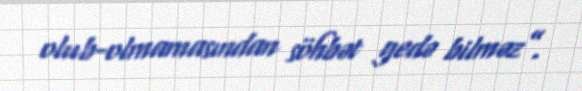
olub-olmamasından söhbət gedə bilməz”.